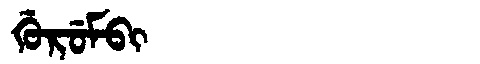
Manchu: ᡤᡠᡵᡠᠮᠪᡳ
Romanization: GURUMBI